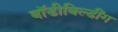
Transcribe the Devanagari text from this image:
बॉडीबिल्डींग